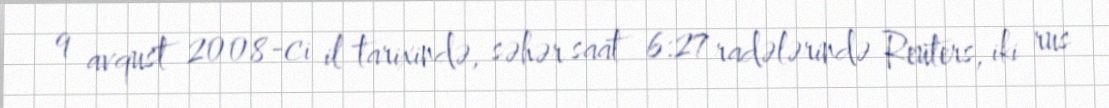
9 avqust 2008-ci il tarixində, səhər saat 6:27 radələrində Reuters, iki rus